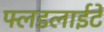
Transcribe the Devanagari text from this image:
फ्लडलाईटें